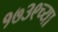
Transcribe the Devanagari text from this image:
१७३९च्या